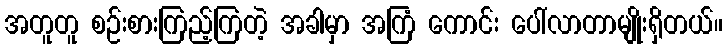
အတူတူ စဉ်းစားကြည့်ကြတဲ့ အခါမှာ အကြံ ကောင်း ပေါ်လာတာမျိုးရှိတယ်။